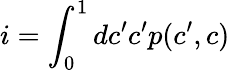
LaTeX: i=\int_{0}^{1}dc^{\prime}c^{\prime}p(c^{\prime},c)